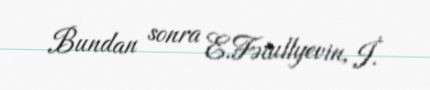
Bundan sonra E.Fətullyevin, İ.